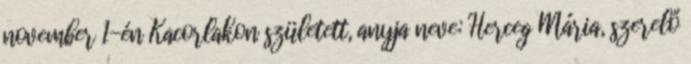
november 1-én Kacorlakon született, anyja neve: Herceg Mária, szerelő